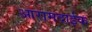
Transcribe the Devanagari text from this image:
आरामदाईक